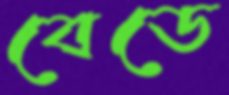
বেডে